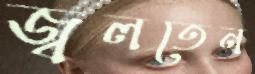
জ্বলতেন